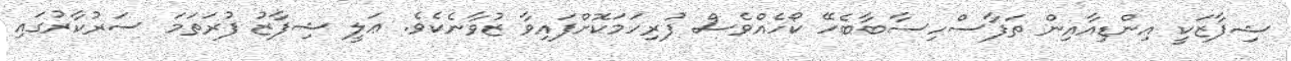
ޝިފާޒަކީ އިންޑިއާއިން ތަފާސްހިސާބާބެހޭ ކޯހެއްވެސް ފުރިހަމަކޮށްފައިވާ ޒުވާނެކެވެ. ޢަލީ ޝިފާޒު ފުރަތަމަ ސަރުކާރުގައި